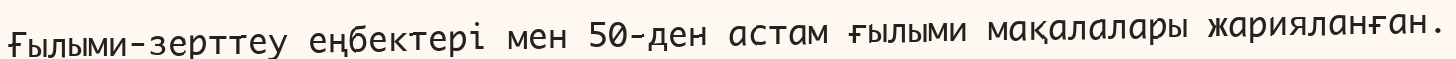
Ғылыми-зерттеу еңбектері мен 50-ден астам ғылыми мақалалары жарияланған.